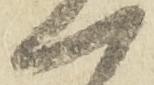
一